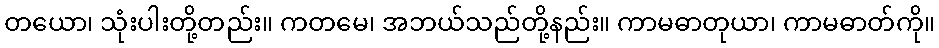
တယော၊ သုံးပါးတို့တည်း။ ကတမေ၊ အဘယ်သည်တို့နည်း။ ကာမဓာတုယာ၊ ကာမဓာတ်ကို။